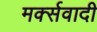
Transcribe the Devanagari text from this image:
मर्क्सवादी